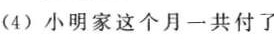
(4)小明家这个月一共付了_____